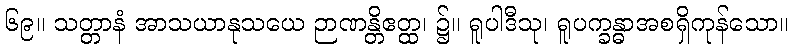
၆၉။ သတ္တာနံ အာသယာနုသယေ ဉာဏန္တိဧတ္ထ၊ ၌။ ရူပါဒီသု၊ ရူပက္ခန္ဓာအစရှိကုန်သော။